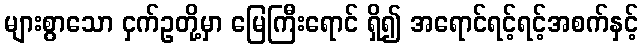
များစွာသော ငှက်ဥတို့မှာ မြေကြီးရောင် ရှိ၍ အရောင်ရင့်ရင့်အစက်နှင့်